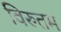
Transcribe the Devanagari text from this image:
विरुतम